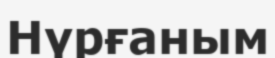
Нүрғаным